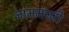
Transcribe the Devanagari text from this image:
नाममंजरी